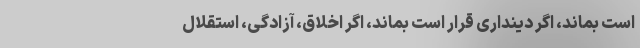
است بماند، اگر دینداری قرار است بماند، اگر اخلاق، آزادگی، استقلال